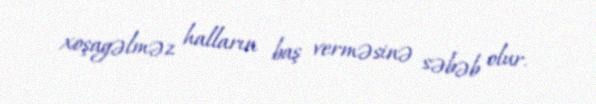
xoşagəlməz halların baş verməsinə səbəb olur.